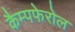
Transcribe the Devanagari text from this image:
कैम्पफेरोल